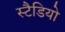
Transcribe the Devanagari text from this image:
स्टैडियो